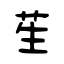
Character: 苼